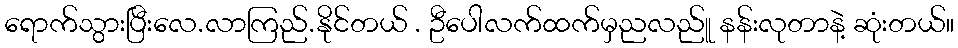
ရောက်သွားပြီးလေ.လာကြည်.နိုင်တယ် . ဦပေါလက်ထက်မှညလည်ူ နန်းလုတာနဲ့ ဆုံးတယ်။